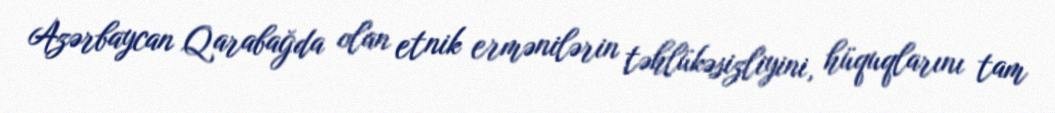
Azərbaycan Qarabağda olan etnik ermənilərin təhlükəsizliyini, hüquqlarını tam